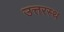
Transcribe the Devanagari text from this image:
उत्तरस्थ